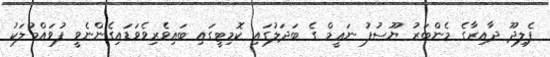
ފެލިދޫ ދާއިރާގެ މެންބަރު ޔޫސުފު ނަޢީމް ގެ ބަދަލުގައި ކޮމިޓީގައި ބައިވެރިވެވަޑައިގެންނެވީ ފުވައްމުލަކު